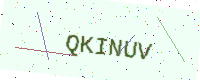
Text: QKINUV